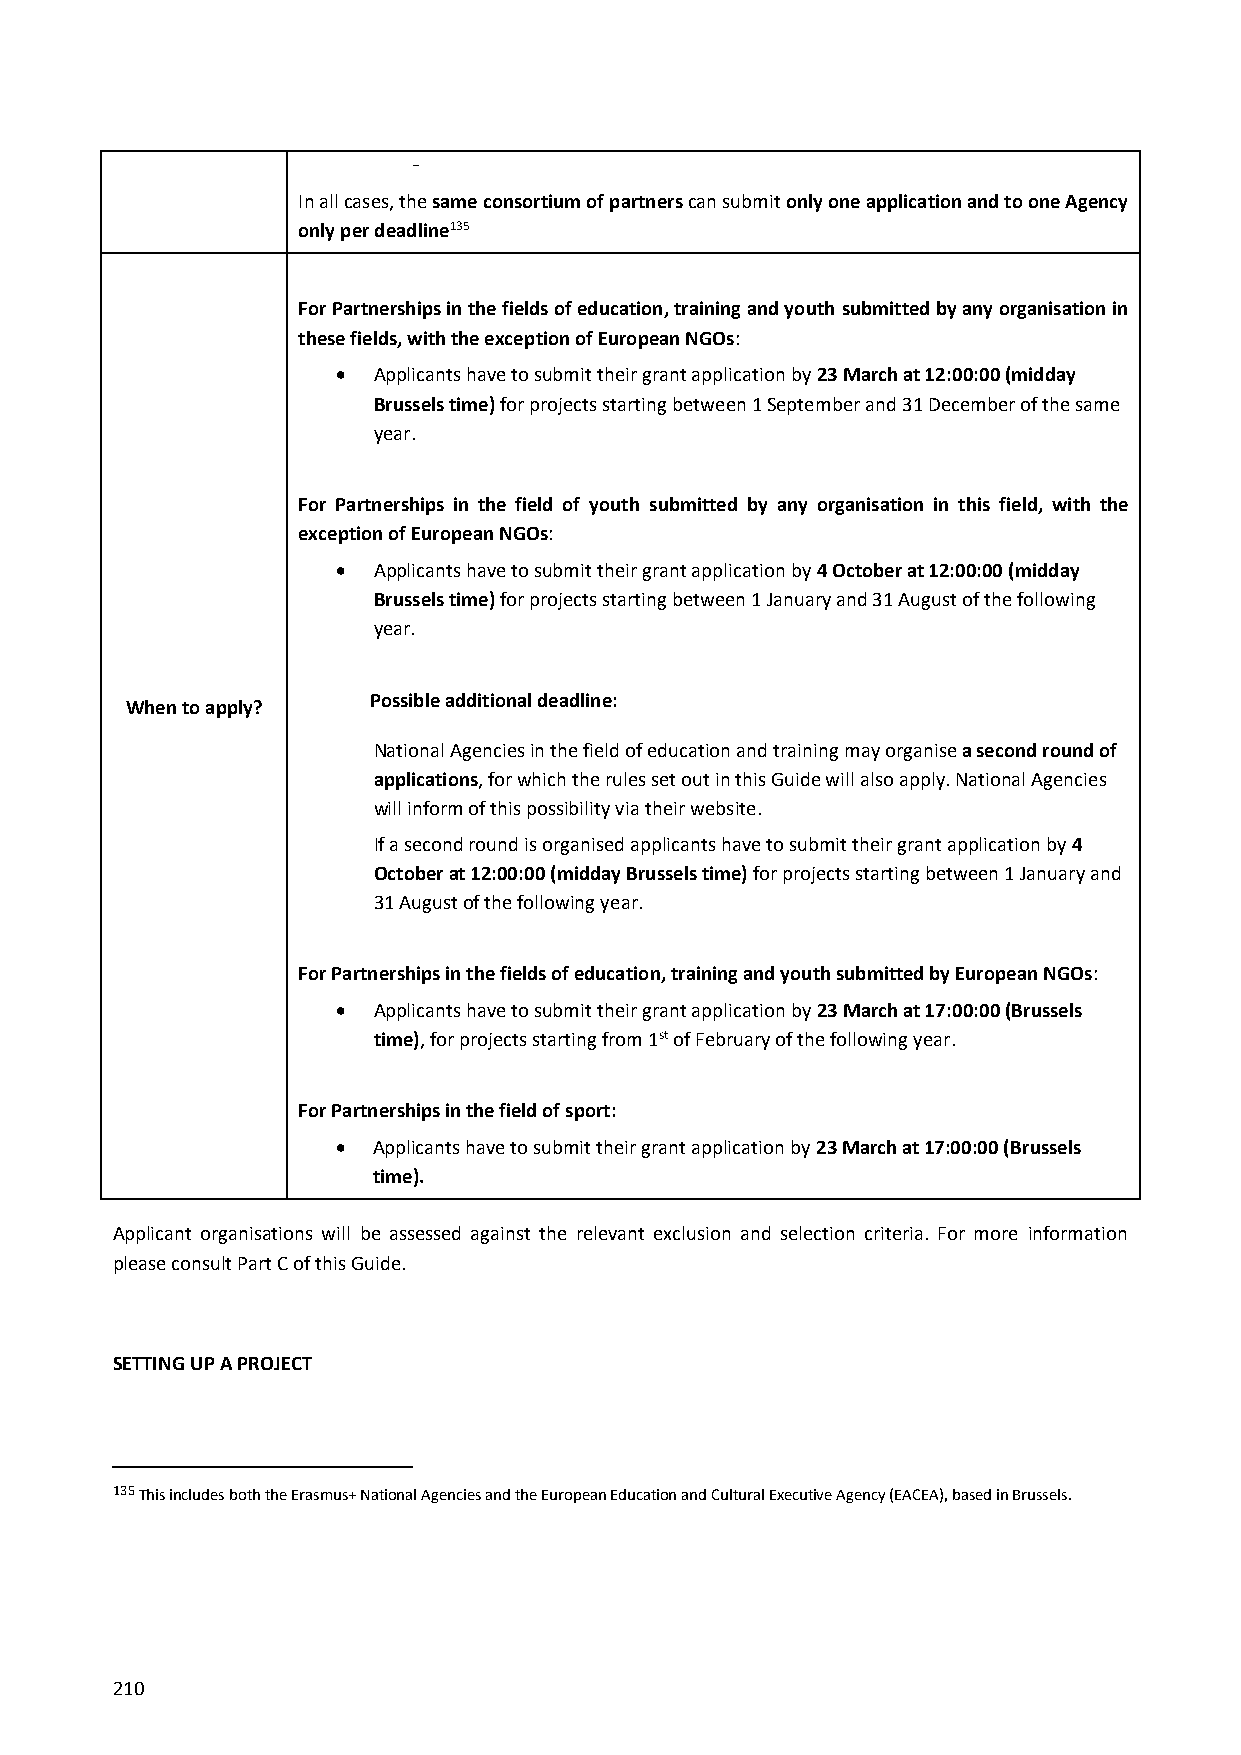
-
 In all cases, the same consortium of partners can submit only one application and to one Agency
 only per deadline135
 For Partnerships in the fields of education, training and youth submitted by any organisation in
 these fields, with the exception of European NGOs:
   Applicants have to submit their grant application by 23 March at 12:00:00 (midday
 Brussels time) for projects starting between 1 September and 31 December of the same
 year.
 For Partnerships in the field of youth submitted by any organisation in this field, with the
 exception of European NGOs:
   Applicants have to submit their grant application by 4 October at 12:00:00 (midday
 Brussels time) for projects starting between 1 January and 31 August of the following
 year.
 Possible additional deadline:
 When to apply?
 National Agencies in the field of education and training may organise a second round of
 applications, for which the rules set out in this Guide will also apply. National Agencies
 will inform of this possibility via their website.
 If a second round is organised applicants have to submit their grant application by 4
 October at 12:00:00 (midday Brussels time) for projects starting between 1 January and
 31 August of the following year.
 For Partnerships in the fields of education, training and youth submitted by European NGOs:
   Applicants have to submit their grant application by 23 March at 17:00:00 (Brussels
 time), for projects starting from 1st of February of the following year.
 For Partnerships in the field of sport:
   Applicants have to submit their grant application by 23 March at 17:00:00 (Brussels
 time).
 Applicant organisations will be assessed against the relevant exclusion and selection criteria. For more information
 please consult Part C of this Guide.
 SETTING UP A PROJECT
 135 This includes both the Erasmus+ National Agencies and the European Education and Cultural Executive Agency (EACEA), based in Brussels.
 210